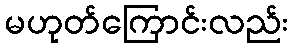
မဟုတ်ကြောင်းလည်း